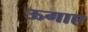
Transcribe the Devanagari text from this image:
ऊगाए